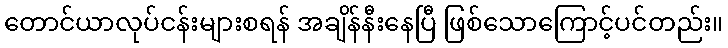
တောင်ယာလုပ်ငန်းများစရန် အချိန်နီးနေပြီ ဖြစ်သောကြောင့်ပင်တည်း။